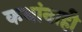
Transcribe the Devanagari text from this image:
कथांनाही